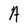
Character: A